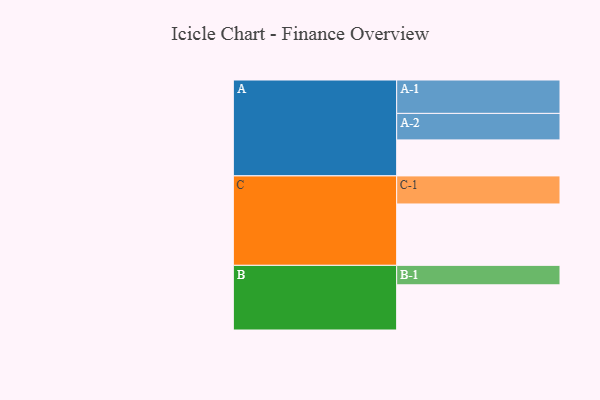
{"axis": {"x": "Segment", "y": "Value"}, "legend": ["", "A", "B", "C"], "data": [{"x": "A", "y": 318, "type": ""}, {"x": "B", "y": 399, "type": ""}, {"x": "C", "y": 542, "type": ""}, {"x": "A-1", "y": 295, "type": "A"}, {"x": "A-2", "y": 234, "type": "A"}, {"x": "B-1", "y": 172, "type": "B"}, {"x": "C-1", "y": 248, "type": "C"}]}